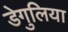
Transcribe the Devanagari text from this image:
डेगुलिया